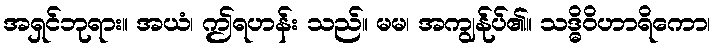
အရှင်ဘုရား။ အယံ၊ ဤရဟန်း သည်။ မမ၊ အကျွန်ုပ်၏။ သဒ္ဓိဝိဟာရိကော၊